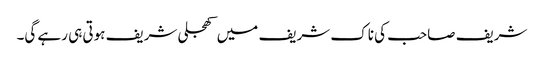
شریف صاحب کی ناک شریف میں کھجلی شریف ہوتی ہی رہے گی۔